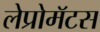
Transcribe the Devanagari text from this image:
लेप्रोमॅटस